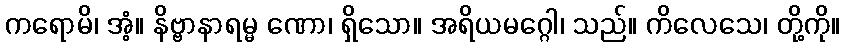
ကရောမိ၊ အံ့။ နိဗ္ဗာနာရမ္မ ဏော၊ ရှိသော။ အရိယမဂ္ဂေါ၊ သည်။ ကိလေသေ၊ တို့ကို။